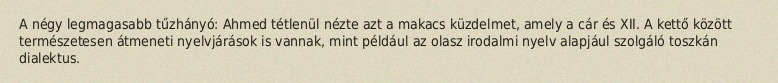
A négy legmagasabb tűzhányó: Ahmed tétlenül nézte azt a makacs küzdelmet, amely a cár és XII. A kettő között természetesen átmeneti nyelvjárások is vannak, mint például az olasz irodalmi nyelv alapjául szolgáló toszkán dialektus.